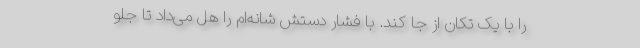
را با یک تکان از جا کَند. با فشار دستش شانه‌ام را هل می‌داد تا جلو